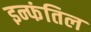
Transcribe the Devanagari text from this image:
इन्फंतिल